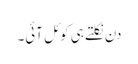
دن نکلتے ہی کوئل آئی۔